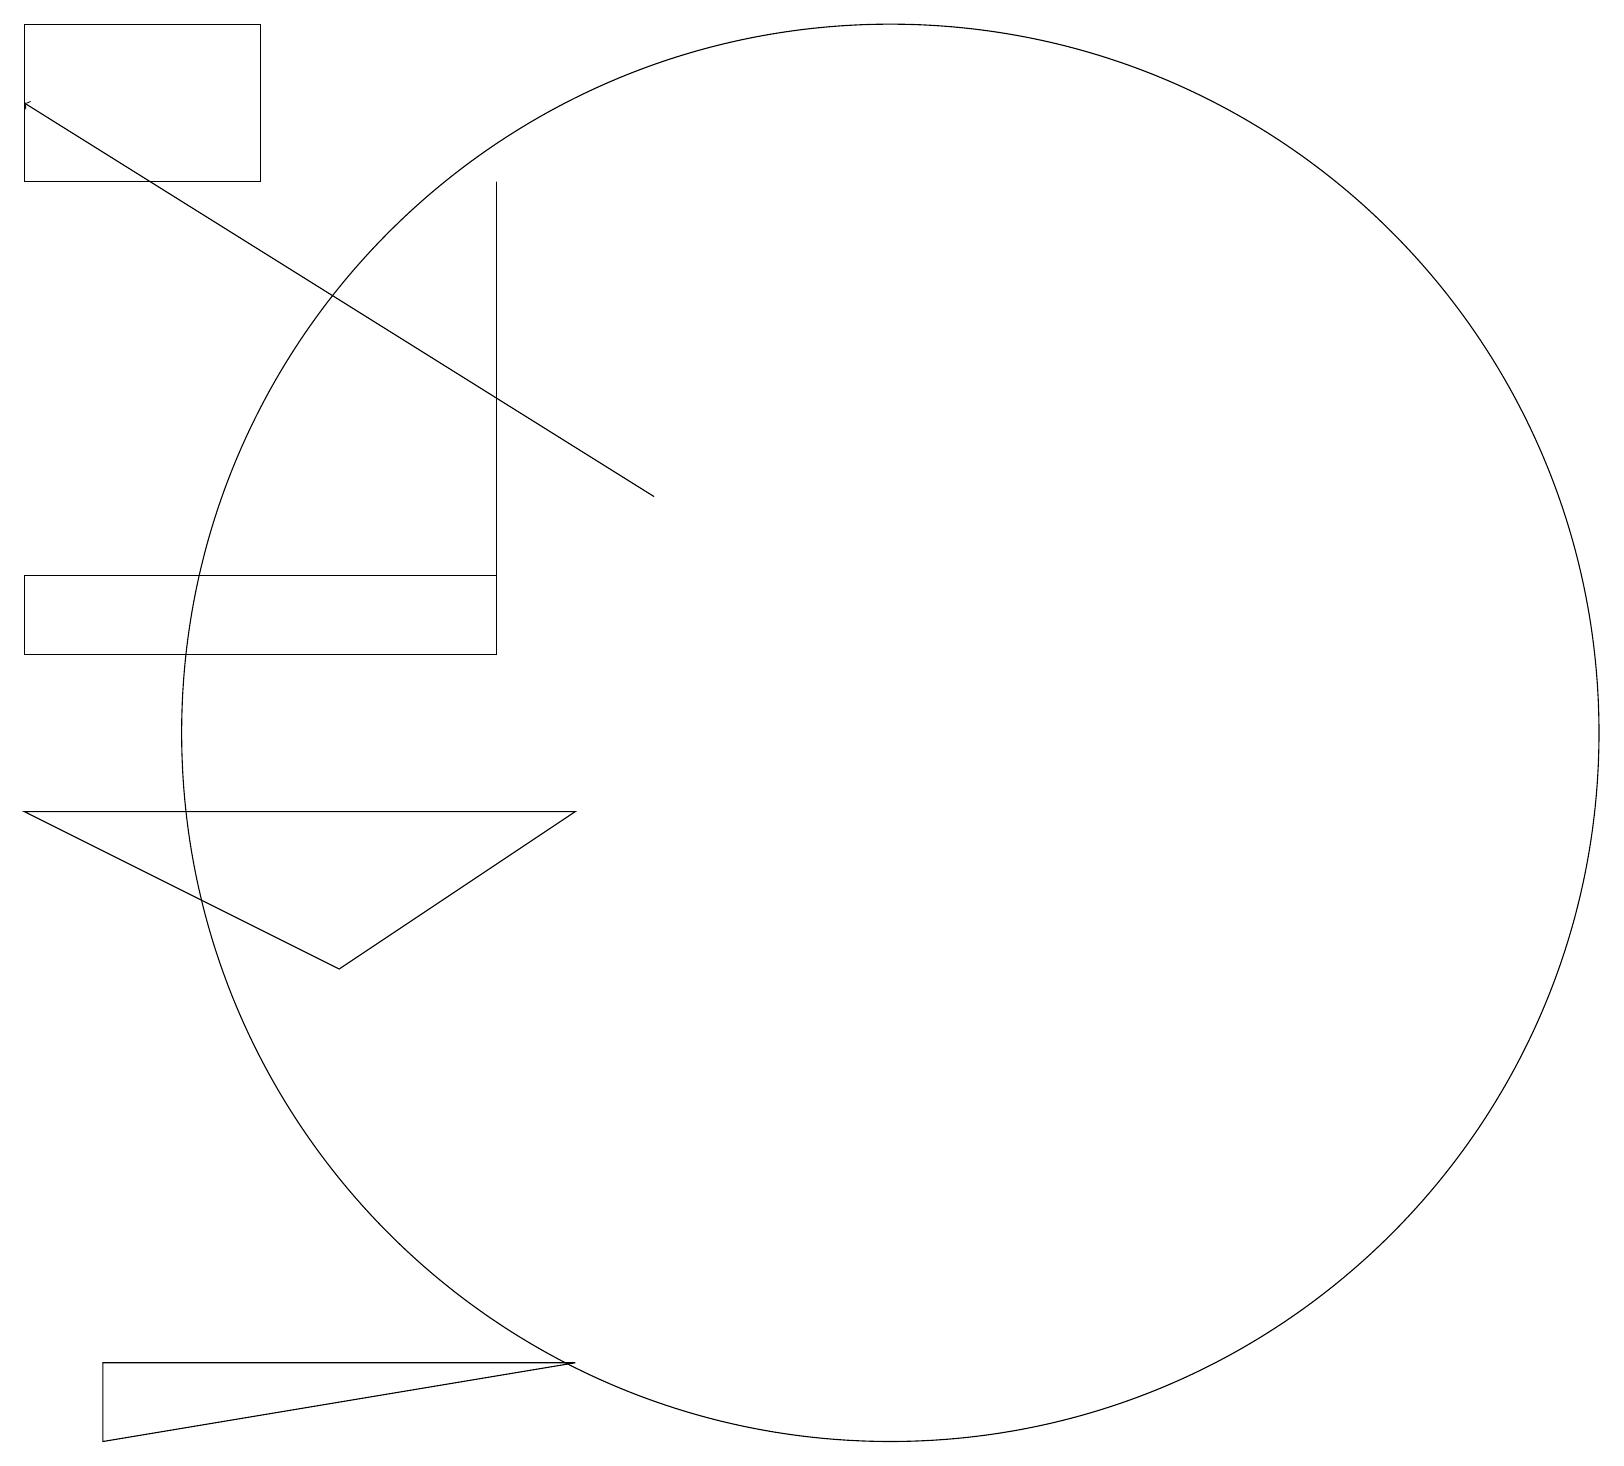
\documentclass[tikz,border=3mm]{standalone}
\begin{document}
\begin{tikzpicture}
\draw (1,11) rectangle (7,12);
\draw (5,7) -- (1,9) -- (8,9) -- cycle;
\draw (12,10) circle (9);
\draw[->] (9,13) -- (1,18);
\draw (7,17) rectangle (7,11);
\draw (4,17) rectangle (1,19);
\draw (2,1) -- (8,2) -- (2,2) -- cycle;
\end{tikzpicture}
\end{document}